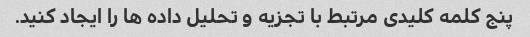
پنج کلمه کلیدی مرتبط با تجزیه و تحلیل داده ها را ایجاد کنید.